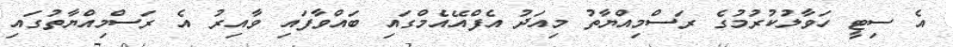
އެ ސިޓީ ހަވާލުކުރުމުގެ ރަސްމިއްޔާތު މިއަދު އެފްއޭއެމްގައި ބައްވާފައި ވާއިރު އެ ރަސްމިއްޔާތުގައި